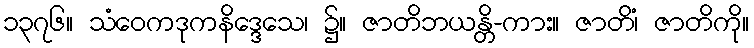
၁၃၇၆။ သံဝေကဒုကနိဒ္ဒေသေ၊ ၌။ ဇာတိဘယန္တိ-ကား။ ဇာတိံ၊ ဇာတိကို။